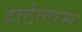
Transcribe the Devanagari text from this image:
हार्टलंग्स